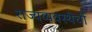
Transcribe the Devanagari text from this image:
राज्यव्यवस्थेची